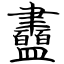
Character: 衋